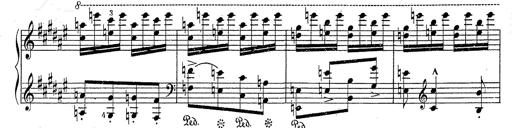
Title: Hungarian Rhapsody No.2
Composer: Franz Liszt
Key: C-sharp minor